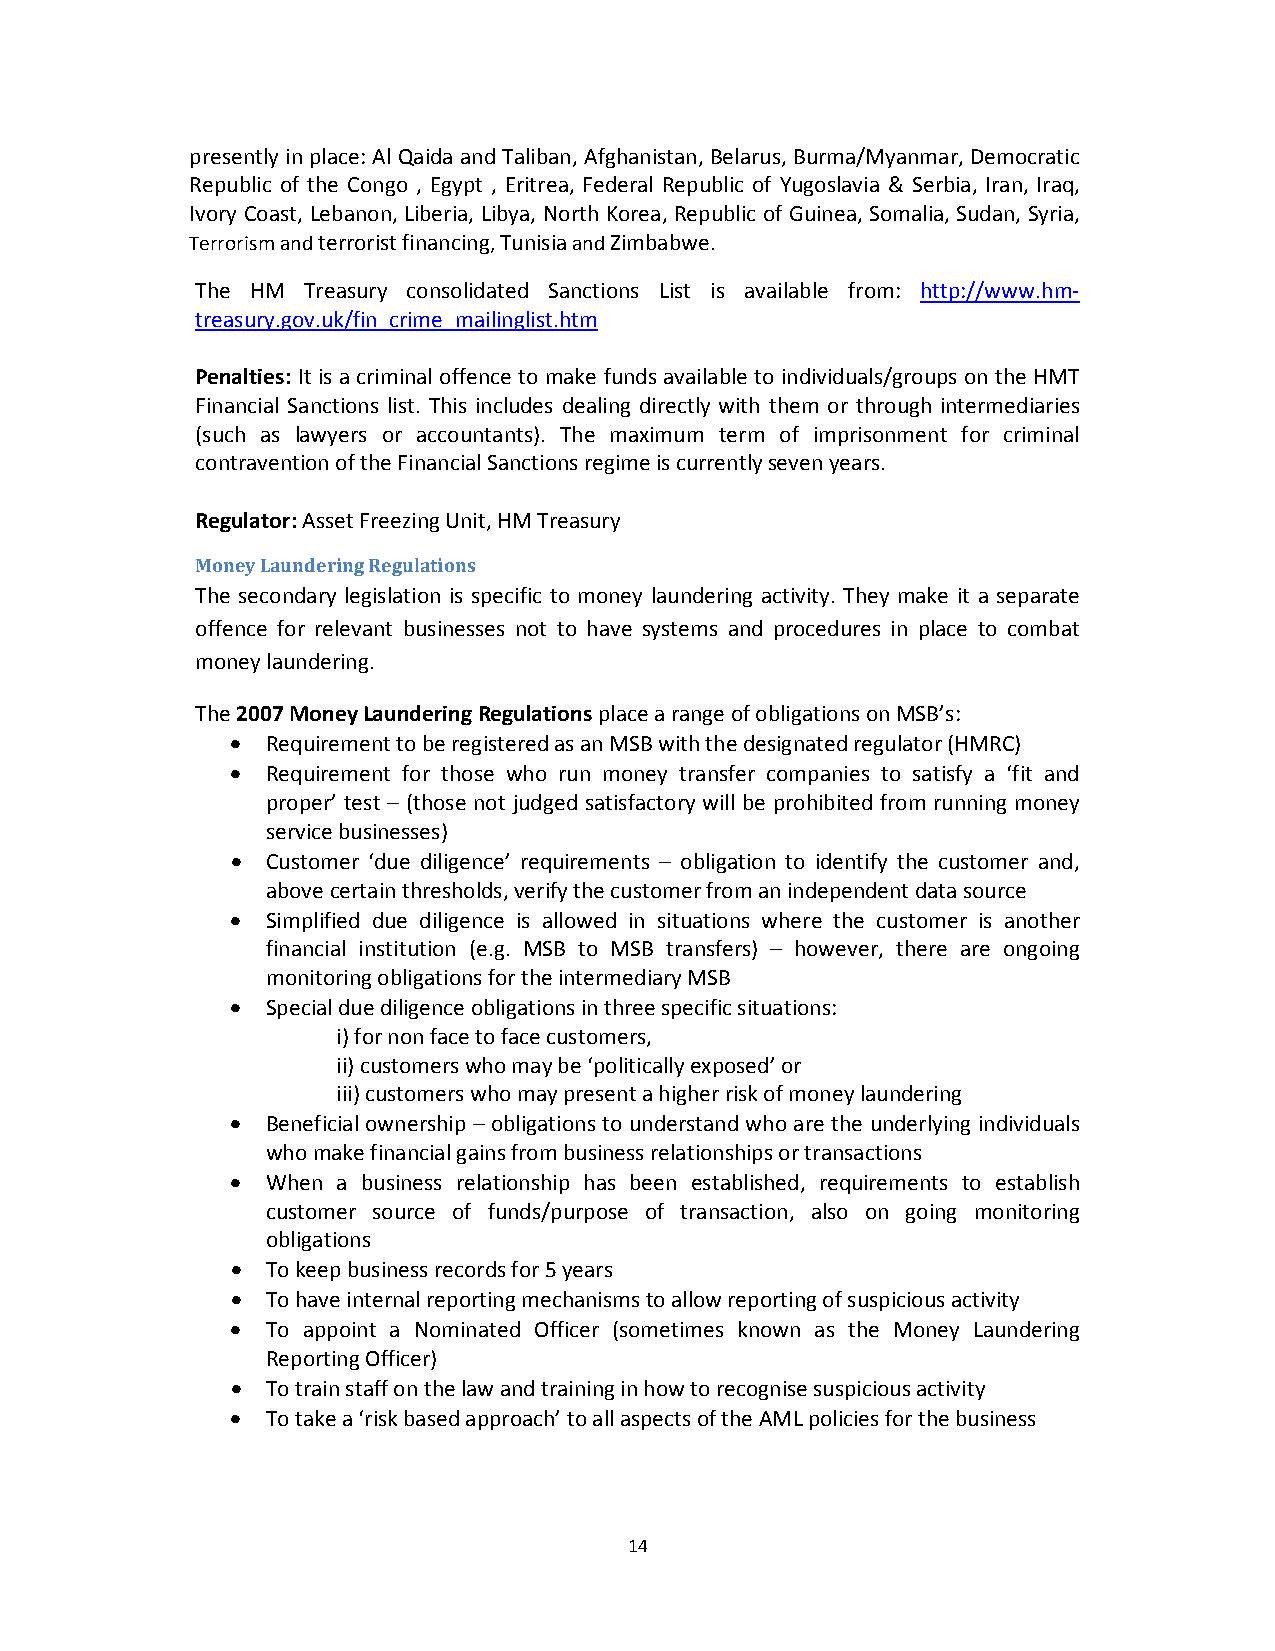
presently in place: Al Qaida and Taliban, Afghanistan, Belarus, Burma/Myanmar, Democratic
 Republic of the Congo , Egypt , Eritrea, Federal Republic of Yugoslavia & Serbia, Iran, Iraq,
 Ivory Coast, Lebanon, Liberia, Libya, North Korea, Republic of Guinea, Somalia, Sudan, Syria,
 Terrorism and terrorist financing, Tunisia and Zimbabwe.
 The HM Treasury consolidated Sanctions List is available from: http://www.hm‐
 treasury.gov.uk/fin_crime_mailinglist.htm
 Penalties: It is a criminal offence to make funds available to individuals/groups on the HMT
 Financial Sanctions list. This includes dealing directly with them or through intermediaries
 (such as lawyers or accountants). The maximum term of imprisonment for criminal
 contravention of the Financial Sanctions regime is currently seven years.
 Regulator: Asset Freezing Unit, HM Treasury
 Money Laundering Regulations
 The secondary legislation is specific to money laundering activity. They make it a separate
 offence for relevant businesses not to have systems and procedures in place to combat
 money laundering.
 The 2007 Money Laundering Regulations place a range of obligations on MSB’s:
   Requirement to be registered as an MSB with the designated regulator (HMRC)
   Requirement for those who run money transfer companies to satisfy a ‘fit and
 proper’ test – (those not judged satisfactory will be prohibited from running money
 service businesses)
   Customer ‘due diligence’ requirements – obligation to identify the customer and,
 above certain thresholds, verify the customer from an independent data source
   Simplified due diligence is allowed in situations where the customer is another
 financial institution (e.g. MSB to MSB transfers) – however, there are ongoing
 monitoring obligations for the intermediary MSB
   Special due diligence obligations in three specific situations:
 i) for non face to face customers,
 ii) customers who may be ‘politically exposed’ or
 iii) customers who may present a higher risk of money laundering
   Beneficial ownership – obligations to understand who are the underlying individuals
 who make financial gains from business relationships or transactions
   When a business relationship has been established, requirements to establish
 customer source of funds/purpose of transaction, also on going monitoring
 obligations
   To keep business records for 5 years
   To have internal reporting mechanisms to allow reporting of suspicious activity
   To appoint a Nominated Officer (sometimes known as the Money Laundering
 Reporting Officer)
   To train staff on the law and training in how to recognise suspicious activity
   To take a ‘risk based approach’ to all aspects of the AML policies for the business
 14